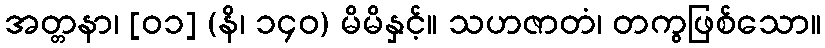
အတ္တနာ၊ [၀၁] (နိ၊ ၁၄၀) မိမိနှင့်။ သဟဇာတံ၊ တကွဖြစ်သော။